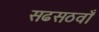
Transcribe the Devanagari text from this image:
सढसठवाँ